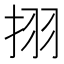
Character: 挧